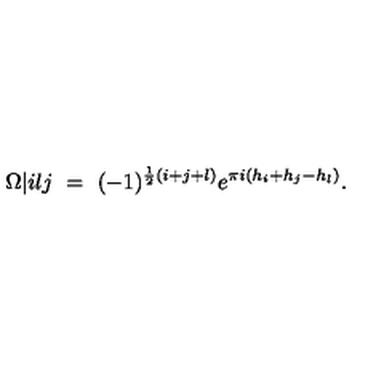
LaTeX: \Omega \vert { i } { l } { j } \ = \ ( - 1 ) ^ { \frac 1 2 ( i + j + l ) } e ^ { \pi i ( h _ { i } + h _ { j } - h _ { l } ) } .